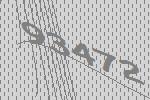
93472